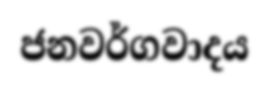
ජනවර්ගවාදය